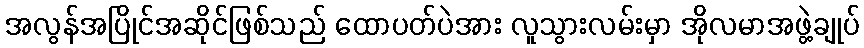
အလွန်အပြိုင်အဆိုင်ဖြစ်သည် ထောပတ်ပဲအား လူသွားလမ်းမှာ အိုလမာအဖွဲ့ချုပ်